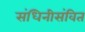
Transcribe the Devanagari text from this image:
संधिनीसंवित